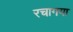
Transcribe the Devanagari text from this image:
रचागया